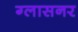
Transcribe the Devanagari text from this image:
ग्लासनर